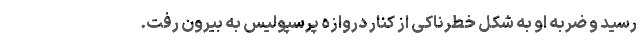
رسید و ضربه او به شکل خطرناکی از کنار دروازه پرسپولیس به بیرون رفت.